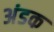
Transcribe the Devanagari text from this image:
अंडक